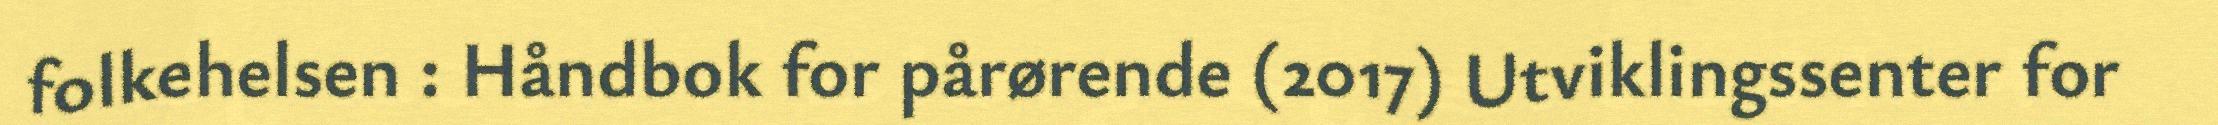
folkehelsen : Håndbok for pårørende (2017) Utviklingssenter for